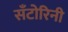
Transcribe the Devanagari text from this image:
सँटोरिनी